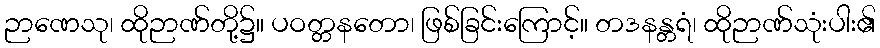
ဉာဏေသု၊ ထိုဉာဏ်တို့၌။ ပဝတ္တနတော၊ ဖြစ်ခြင်းကြောင့်။ တဒနန္တရံ၊ ထိုဉာဏ်သုံးပါး၏